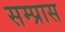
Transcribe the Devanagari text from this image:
सम्प्रास